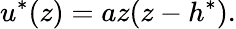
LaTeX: u^{\ast}(z)=az(z-h^{\ast}).